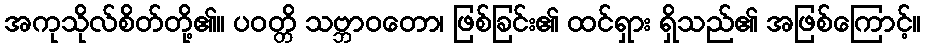
အကုသိုလ်စိတ်တို့၏။ ပဝတ္တိ သဗ္ဘာဝတော၊ ဖြစ်ခြင်း၏ ထင်ရှား ရှိသည်၏ အဖြစ်ကြောင့်။